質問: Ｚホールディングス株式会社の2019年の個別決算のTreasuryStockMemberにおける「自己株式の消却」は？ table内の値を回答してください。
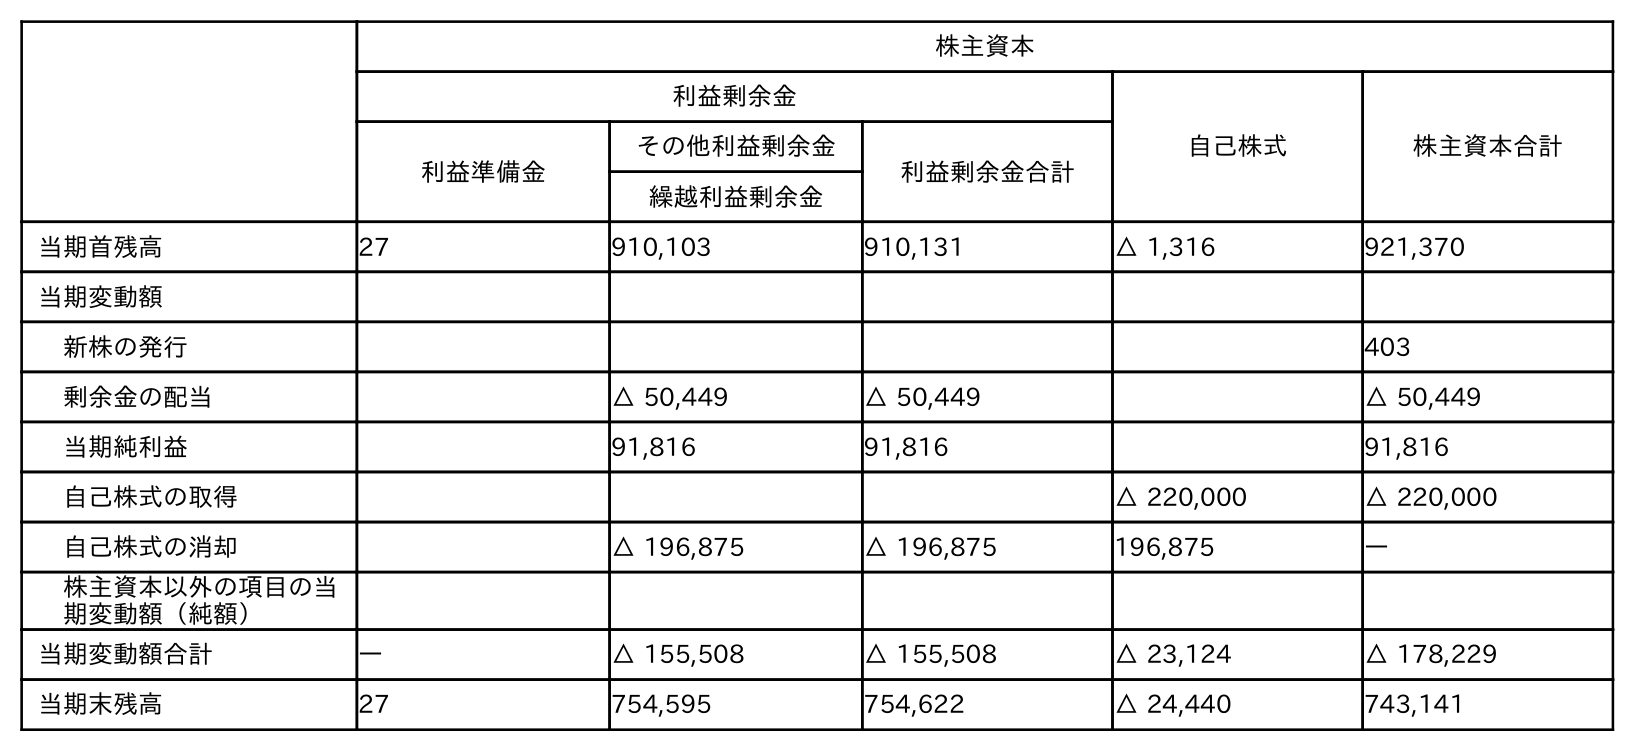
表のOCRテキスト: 株主資本 利益剰余金 自己株式 株主資本合計 利益準備金 その他利益剰余金 利益剰余金合計 繰越利益剰余金 当期首残高 27 910,103 910,131 △ 1,316 921,370 当期変動額 新株の発行 403 剰余金の配当 △ 50,449 △ 50,449 △ 50,449 当期純利益 91,816 91,816 91,816 自己株式の取得 △ 220,000 △ 220,000 自己株式の消却 △ 196,875 △ 196,875 196,875 ― 株主資本以外の項目の当 期変動額（純額） 当期変動額合計 ― △ 155,508 △ 155,508 △ 23,124 △ 178,229 当期末残高 27 754,595 754,622 △ 24,440 743,141
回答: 196,875